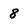
Character: 8